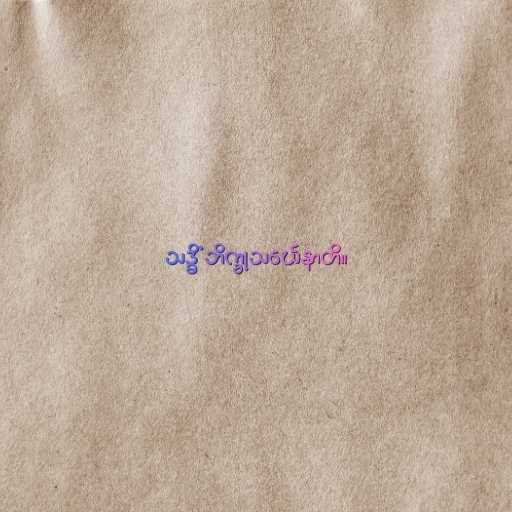
သဒ္ဓိံ ဘိက္ခုသင်္ဃေနာတိ။